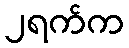
၂ရက်က